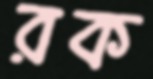
রক